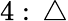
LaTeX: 4:\, \triangle